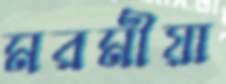
মরমীয়া